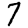
Digit: 7